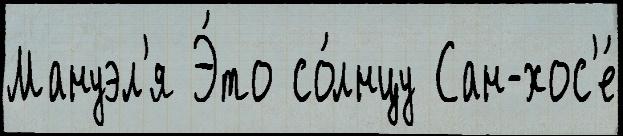
Мануэл'я Э́то со́лнцу Сан-хос'е́